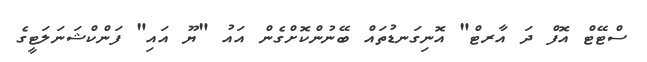
ސްޓޭޓް އޮފް ދަ އާރޓް" އޮނިގަނޑުތައް ބޭނުންކޮށްގެން އައު "ޔޫ އައި" ފަންކްޝަނަލަޓީގެ